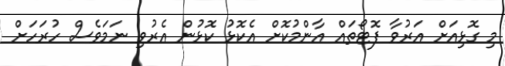
މި ގޮޅިއަށް އަރުވާ ފޮޓޯތައް އާންމުކޮށް އެކޮޅު ކޮޅުން އެރުވި ނަމަވެސް ހުރަހަށް